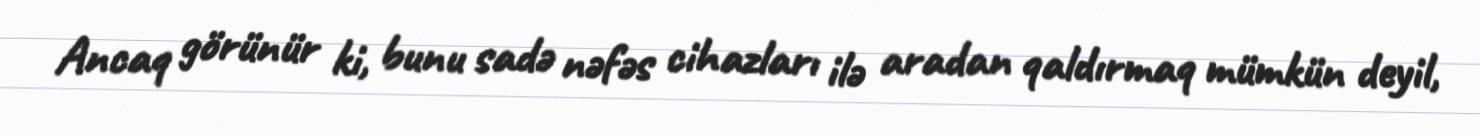
Ancaq görünür ki, bunu sadə nəfəs cihazları ilə aradan qaldırmaq mümkün deyil,